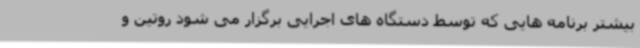
بیشتر برنامه هایی که توسط دستگاه های اجرایی برگزار می شود روتین و